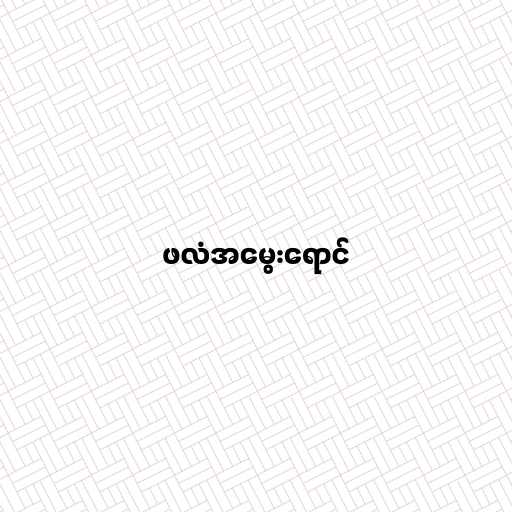
ဖလံအမွေးရောင်